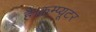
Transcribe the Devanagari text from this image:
है।कम्‍प्‍यूटर